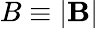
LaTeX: B\equiv\left|\mathbf{B}\right|